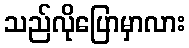
သည်လိုပြောမှာလား